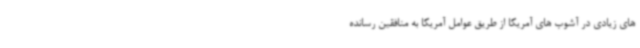
های زیادی در آشوب های آمریکا از طریق عوامل آمریکا به منافقین رسانده